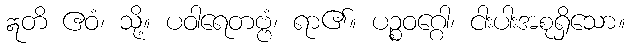
ဣတိ ဧဝံ၊ သို့။ ပဝါရေတဗ္ဗံ၊ ရာ၏။ ပဉ္စဝဂ္ဂေါ၊ ငါးပါးအစုရှိသော။